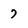
Character: 7